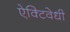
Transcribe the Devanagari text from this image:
ऐक्टिवेधी